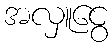
အလှူငွေ